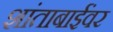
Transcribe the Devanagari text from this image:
शांताबाईंवर